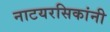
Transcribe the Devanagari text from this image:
नाटयरसिकांनी